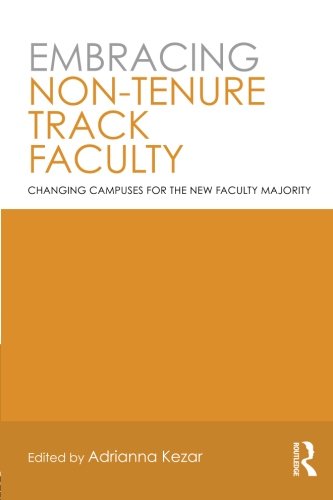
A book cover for Embracing Non-Tenure Track Faculty: Changing Campuses for the New Faculty Majority; Education & Teaching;